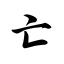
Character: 亡